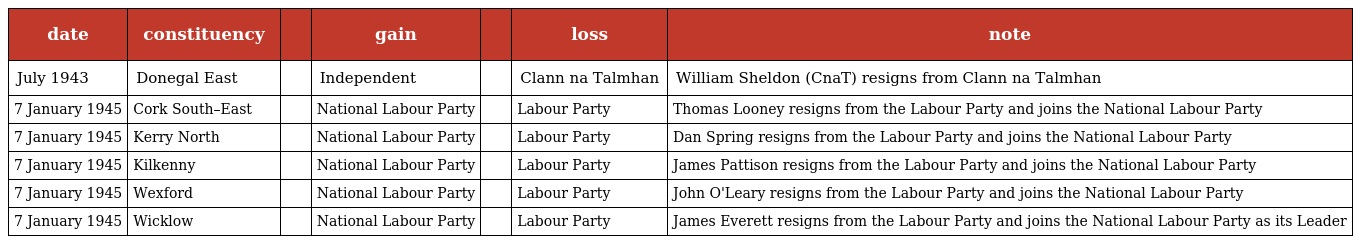
| date | constituency |  | gain |  | loss | note |
 | --- | --- | --- | --- | --- | --- | --- |
 | July 1943 | Donegal East |  | Independent |  | Clann na Talmhan | William Sheldon (CnaT) resigns from Clann na Talmhan |
 | 7 January 1945 | Cork South–East |  | National Labour Party |  | Labour Party | Thomas Looney resigns from the Labour Party and joins the National Labour Party |
 | 7 January 1945 | Kerry North |  | National Labour Party |  | Labour Party | Dan Spring resigns from the Labour Party and joins the National Labour Party |
 | 7 January 1945 | Kilkenny |  | National Labour Party |  | Labour Party | James Pattison resigns from the Labour Party and joins the National Labour Party |
 | 7 January 1945 | Wexford |  | National Labour Party |  | Labour Party | John O'Leary resigns from the Labour Party and joins the National Labour Party |
 | 7 January 1945 | Wicklow |  | National Labour Party |  | Labour Party | James Everett resigns from the Labour Party and joins the National Labour Party as its Leader |